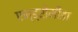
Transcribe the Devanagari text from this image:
एन्ड्रोमीडा